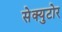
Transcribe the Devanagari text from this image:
सेक्युटोर